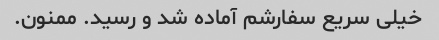
خیلی سریع سفارشم آماده شد و رسید. ممنون.